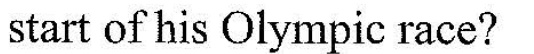
start of his Olympic race?